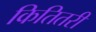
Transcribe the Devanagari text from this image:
कितितरी